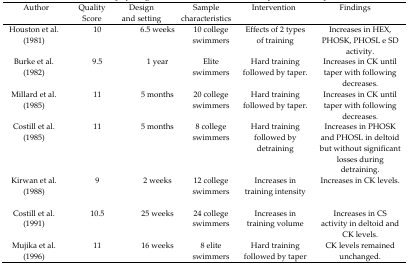
<table><thead><tr><td><b>Author</b></td><td><b>Quality Score</b></td><td><b>Design and setting</b></td><td><b>Sample characteristics</b></td><td><b>Intervention</b></td><td><b>Findings</b></td></tr></thead><tbody><tr><td>Houston et al. (1981)</td><td>10</td><td>6.5 weeks</td><td>10 college swimmers</td><td>Effects of 2 types of training</td><td>Increases in HEX, PHOSK, PHOSL e SD activity.</td></tr><tr><td>Burke et al. (1982)</td><td>9.5</td><td>1 year</td><td>Elite swimmers</td><td>Hard training followed by taper.</td><td>Increases in CK until taper with following decreases.</td></tr><tr><td>Millard et al. (1985)</td><td>11</td><td>5 months</td><td>20 college swimmers</td><td>Hard training followed by taper.</td><td>Increases in CK until taper with following decreases.</td></tr><tr><td>Costill et al. (1985)</td><td>11</td><td>5 months</td><td>8 college swimmers</td><td>Hard training followed by detraining</td><td>Increases in PHOSK and PHOSL in deltoid but without significant losses during detraining.</td></tr><tr><td>Kirwan et al. (1988)</td><td>9</td><td>2 weeks</td><td>12 college swimmers</td><td>Increases in training intensity</td><td>Increases in CK levels.</td></tr><tr><td>Costill et al. (1991)</td><td>10.5</td><td>25 weeks</td><td>24 college swimmers</td><td>Increases in training volume</td><td>Increases in CS activity in deltoid and CK levels.</td></tr><tr><td>Mujika et al. (1996)</td><td>11</td><td>16 weeks</td><td>8 elite swimmers</td><td>Hard training followed by taper</td><td>CK levels remained unchanged.</td></tr></tbody></table>